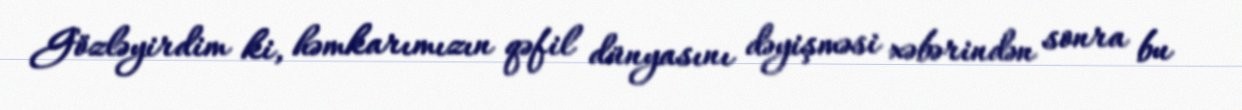
Gözləyirdim ki, həmkarımızın qəfil dünyasını dəyişməsi xəbərindən sonra bu